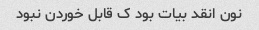
نون انقد بیات بود ک قابل خوردن نبود